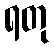
ရတု